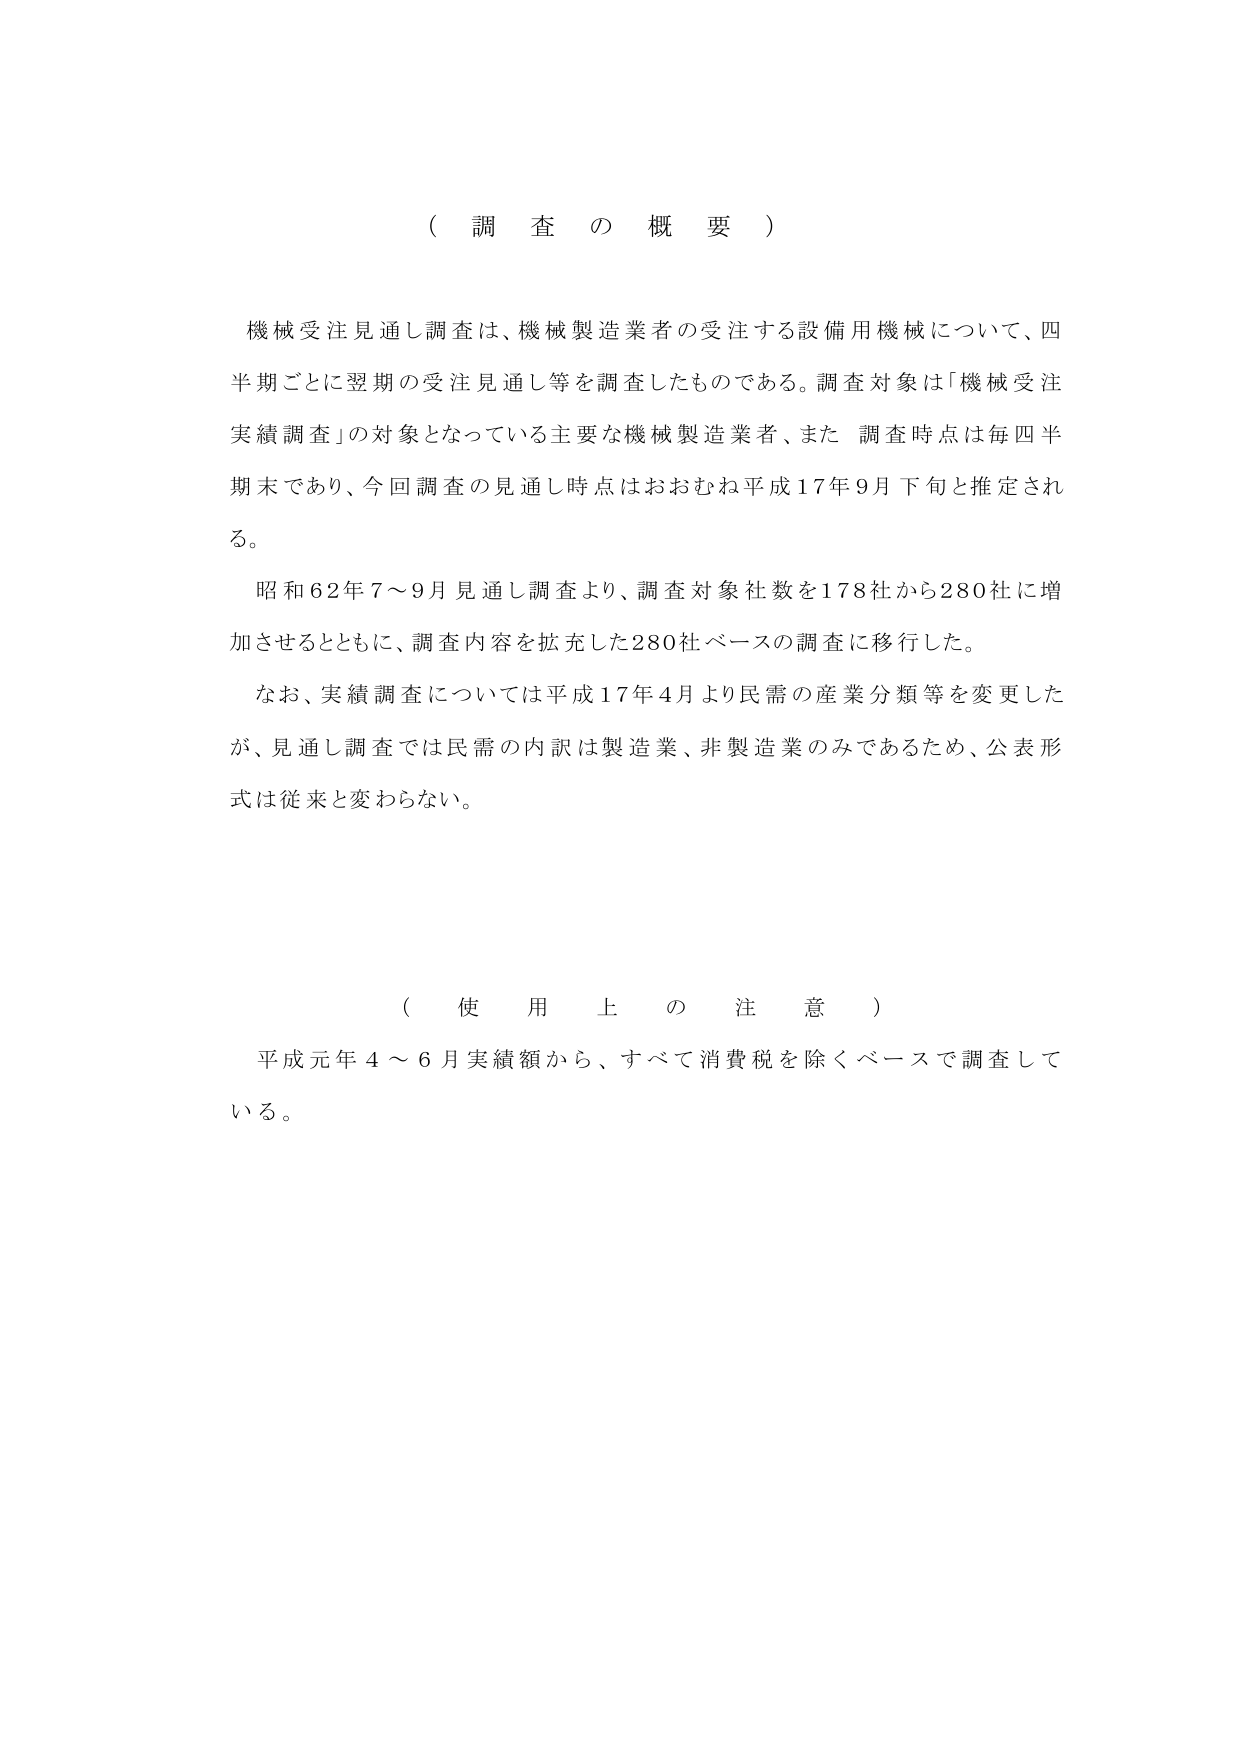
（ 調 査 の 概 要 ）

機械受注見通し調査は、機械製造業者の受注する設備用機械について、四半期ごとに翌期の受注見通し等を調査したものである。調査対象は「機械受注実績調査」の対象となっている主要な機械製造業者、また 調査時点は毎四半期末であり、今回調査の見通し時点はおおむね平成17年9月下旬と推定される。

昭和62年7～9月見通し調査より、調査対象社数を178社から280社に増加させるとともに、調査内容を拡充した280社ベースの調査に移行した。

なお、実績調査については平成17年4月より民需の産業分類等を変更したが、見通し調査では民需の内訳は製造業、非製造業のみであるため、公表形式は従来と変わらない。

（ 使 用 上 の 注 意 ）

平成元年4～6月実績額から、すべて消費税を除くベースで調査している。